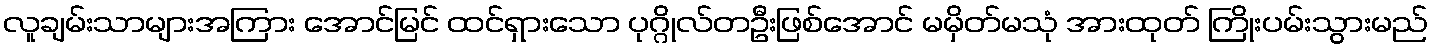
လူချမ်းသာများအကြား အောင်မြင် ထင်ရှားသော ပုဂ္ဂိုလ်တဦးဖြစ်အောင် မမှိတ်မသုံ အားထုတ် ကြိုးပမ်းသွားမည်